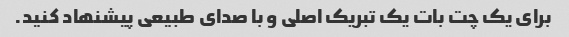
برای یک چت بات یک تبریک اصلی و با صدای طبیعی پیشنهاد کنید.